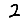
Digit: 2